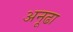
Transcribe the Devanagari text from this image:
अनूढा